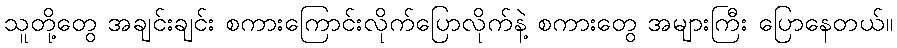
သူတို့တွေ အချင်းချင်း စကားကြောင်းလိုက်ပြောလိုက်နဲ့ စကားတွေ အများကြီး ပြောနေတယ်။